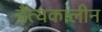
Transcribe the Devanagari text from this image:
चैत्यकालीन